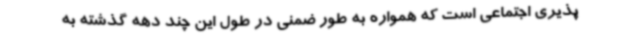
پذیری اجتماعی است که همواره به طور ضمنی در طول این چند دهه گذشته به